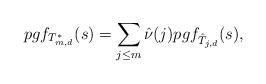
LaTeX: \begin{align*} pgf_{T_{m,d}^*}(s)=\sum_{j\leq m} \hat{\nu}(j) pgf_{\hat{T}_{j,d}}(s),\end{align*}